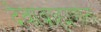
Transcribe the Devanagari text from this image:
देवाब्राह्मणांना